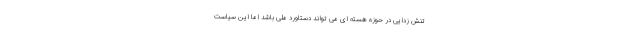
تنش زدایی در حوزه هسته ای می تواند دستاورد ملی باشد اما این سیاست